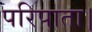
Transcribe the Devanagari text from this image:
परिपाता।